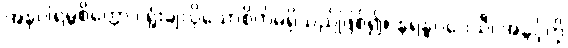
အနုပါရမ္ဘစိတ္တော,၊ ရှုံးချလိုသောစိတ်မရှိသည်ဖြစ်၍။ နရန္ဓဂဝေသီ၊ အခွင့်ကို